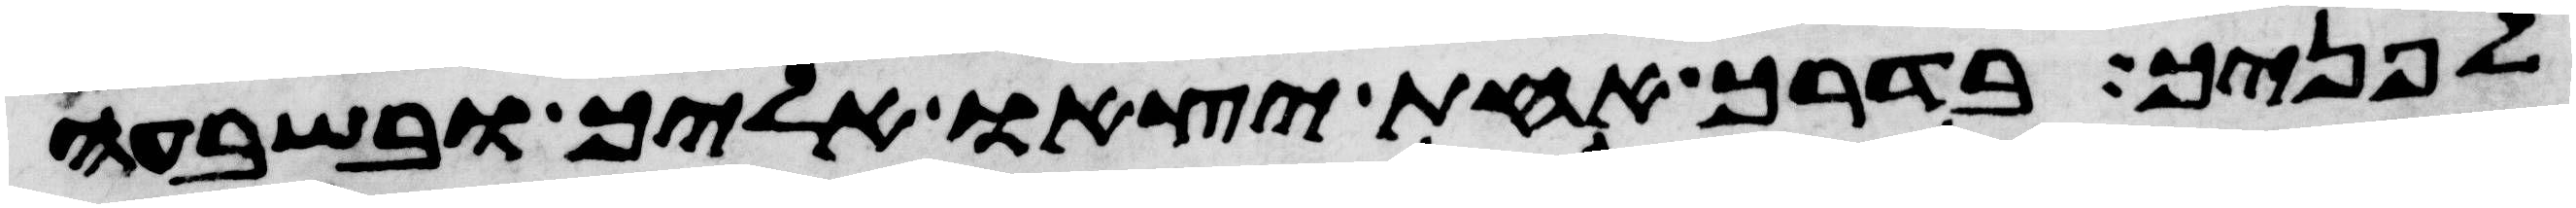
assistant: לפניך בדרך אחת יצאו אליך ובשבעה